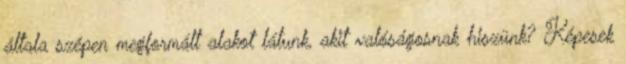
általa szépen megformált alakot látunk, akit valóságosnak hiszünk? Képesek